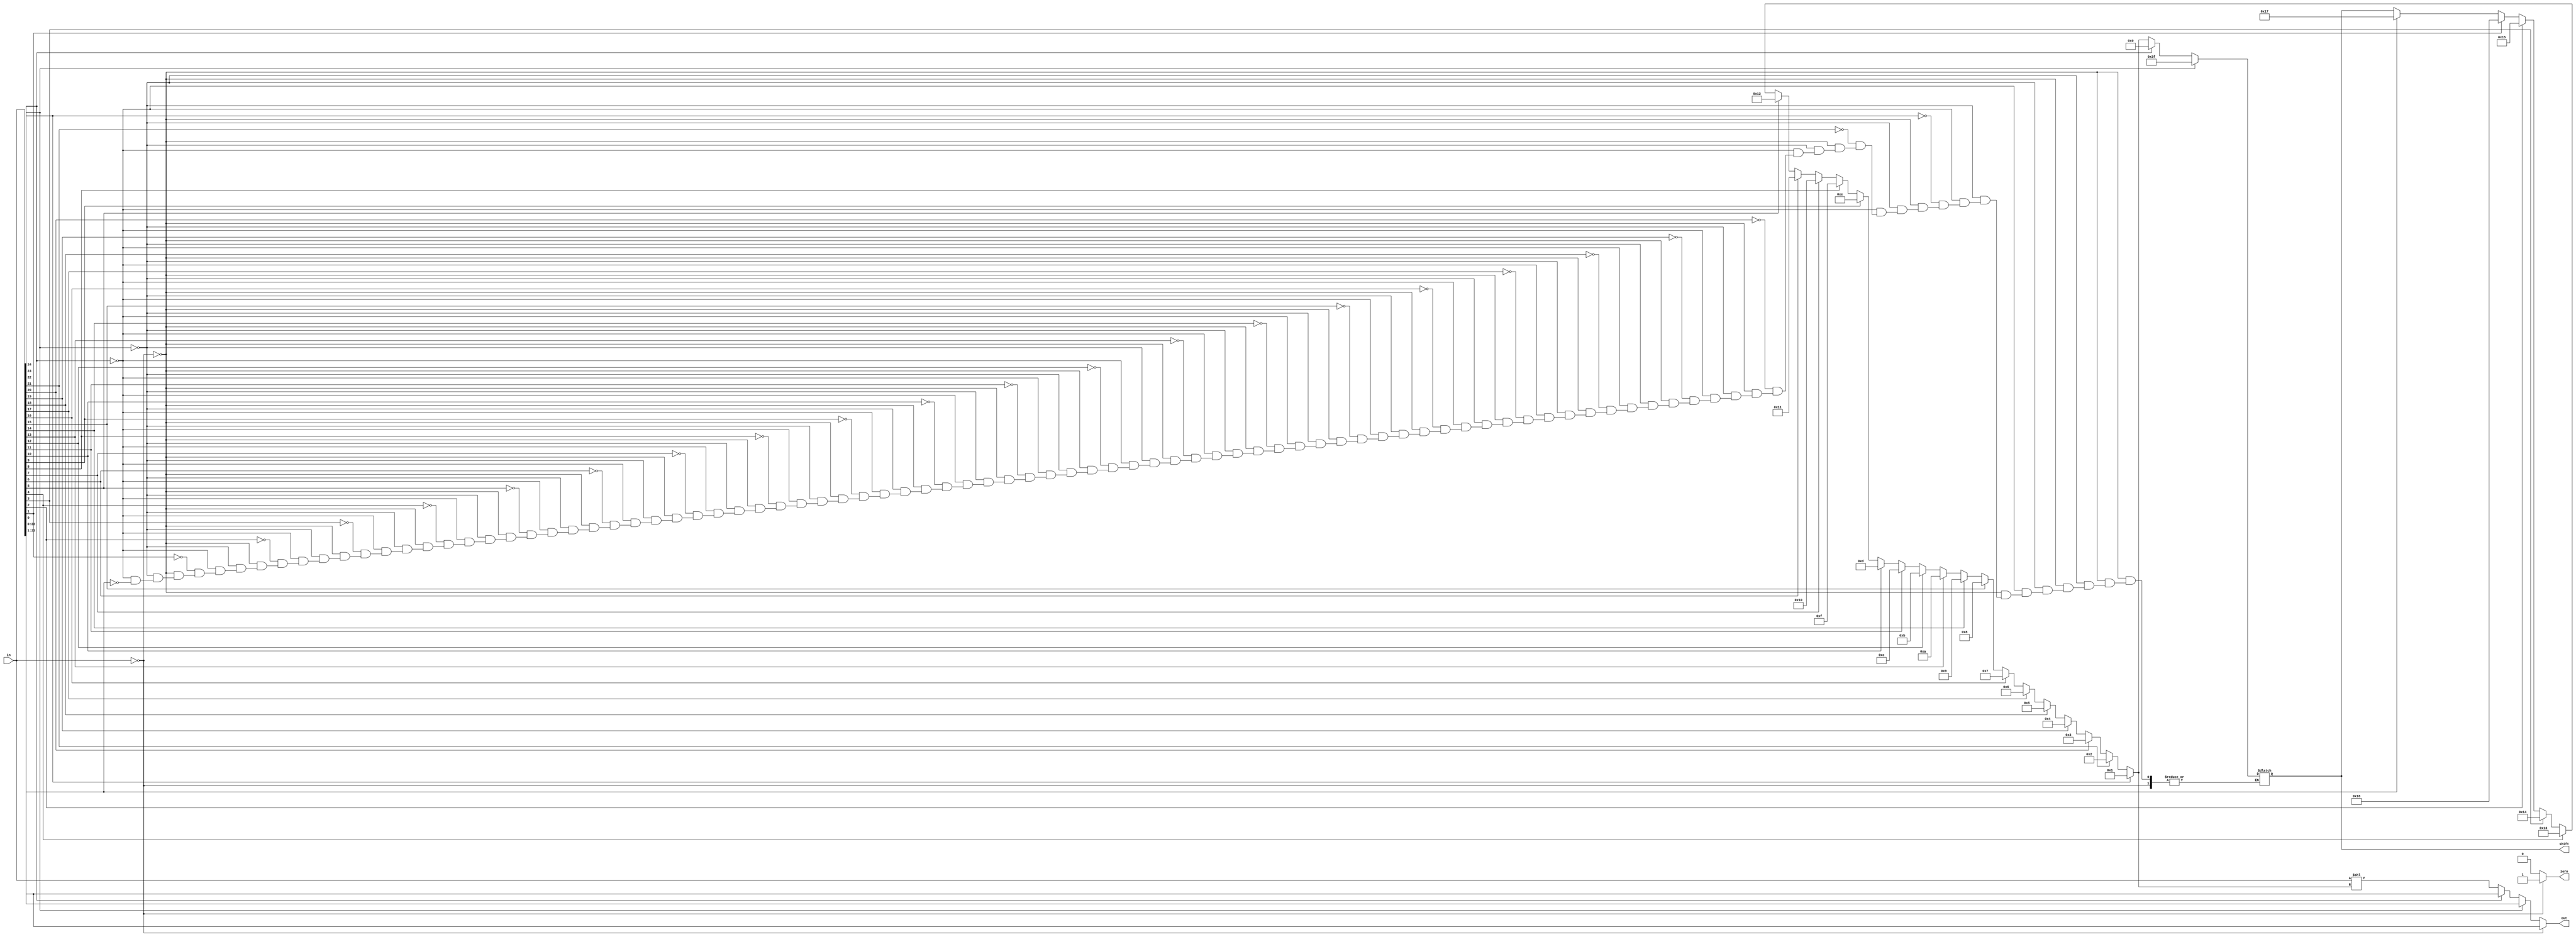
`timescale 1ns / 1ps
//////////////////////////////////////////////////////////////////////////////////
// Company: 
// Engineer: 
// 
// Design Name: 
// Module Name: normalizeadd
// Project Name: 
// Target Devices: 
// Tool Versions: 
// Description: 
// 
// Dependencies: 
// 
// Revision:
// Revision 0.01 - File Created
// Additional Comments:
// 
//////////////////////////////////////////////////////////////////////////////////


module normalizeadd(
input [24:0] in,
output reg [5:0] shift,
output reg [22:0] out,
output reg zero
    );

integer n = 0;
integer i = 0;
reg [24:0] preshift;
always @ (in)
begin
    if (in == 0)
        begin
            zero = 1;
            out = in [22:0];
        end
    
    else
        begin //need separate case to handle any needed shift right
        zero = 0;
        if (in[24])
            begin
                shift = -1;
                preshift = in >> 1;
                out = preshift[22:0];
            end
        else if (in[23])
            begin
                shift = 0;
                out = in [22:0];
            end    
        else
            begin
                for (i = 0; i <23; i = i + 1)
                    begin
                    if (in[i])
                        begin
                        shift = 23-i;
                        end
                    end
                    preshift = in << shift;
                    out = preshift[22:0];
            end    
        end    
end      
endmodule